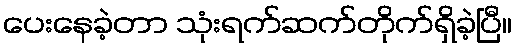
ပေးနေခဲ့တာ သုံးရက်ဆက်တိုက်ရှိခဲ့ပြီ။